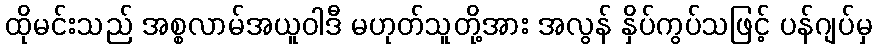
ထိုမင်းသည် အစ္စလာမ်အယူဝါဒီ မဟုတ်သူတို့အား အလွန် နှိပ်ကွပ်သဖြင့် ပန်ဂျပ်မှ